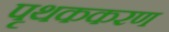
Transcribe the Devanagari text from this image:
पृथककरण